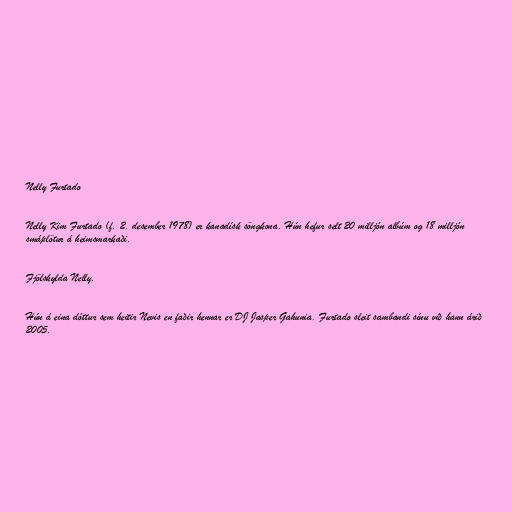
Nelly Furtado

Nelly Kim Furtado (f. 2. desember 1978) er kanadísk söngkona. Hún hefur selt 20 milljón albúm og 18 milljón
smáplötur á heimsmarkaði.

Fjölskylda Nelly.

Hún á eina dóttur sem heitir Nevis en faðir hennar er DJ Jasper Gahunia. Furtado sleit sambandi sínu við hann árið
2005.